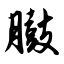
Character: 臌